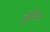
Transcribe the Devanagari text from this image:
नुरैन